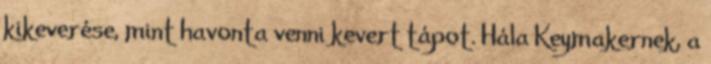
kikeverése, mint havonta venni kevert tápot. Hála Keymakernek, a